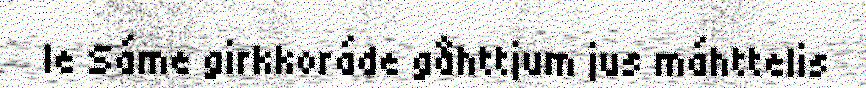
le Sáme girkkoráde gåhttjum jus máhttelis